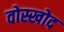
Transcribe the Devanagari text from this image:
वोस्खोद